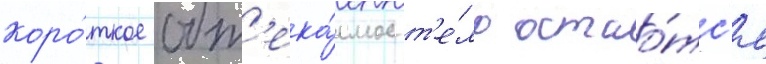
коро́ткое обт'ека́емое т'е́ло остао́тс'я